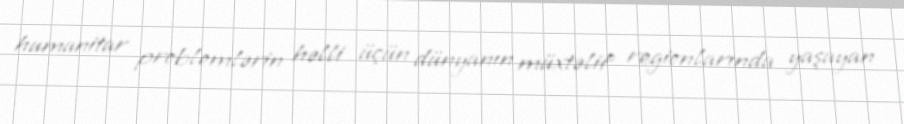
humanitar problemlərin həlli üçün dünyanın müxtəlif regionlarında yaşayan